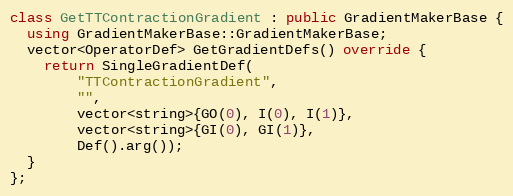
Language: C++
class GetTTContractionGradient : public GradientMakerBase {
  using GradientMakerBase::GradientMakerBase;
  vector<OperatorDef> GetGradientDefs() override {
    return SingleGradientDef(
        "TTContractionGradient",
        "",
        vector<string>{GO(0), I(0), I(1)},
        vector<string>{GI(0), GI(1)},
        Def().arg());
  }
};